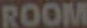
ROOM